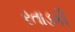
રતાડકી